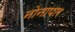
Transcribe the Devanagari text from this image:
नोनापार